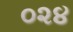
૦૨૪